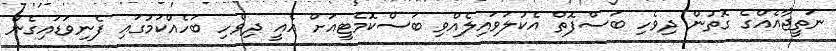
ނަތީޖާއެއްގެ ގޮތުން ދިވެހި ބަސްފޮތް އެކުލަވައިލެއްވި ބަސްކޮމެޓީއަށް އެއީ ދިވެހި ބަހެއްކަމުގައި ފެނިވަޑައިގެން